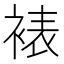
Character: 裱